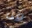
من